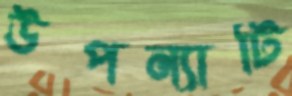
উপন্যাটি